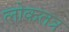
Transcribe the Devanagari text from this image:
लोकतत्र